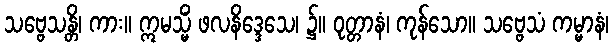
သဗ္ဗေသန္တိ၊ ကား။ ဣမသ္မိံ ဖလနိဒ္ဒေသေ၊ ၌။ ဝုတ္တာနံ၊ ကုန်သော။ သဗ္ဗေသံ ကမ္မာနံ၊